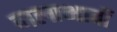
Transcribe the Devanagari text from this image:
जलाभावों